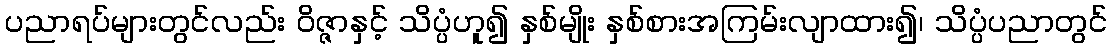
ပညာရပ်များတွင်လည်း ဝိဇ္ဇာနှင့် သိပ္ပံဟူ၍ နှစ်မျိုး နှစ်စားအကြမ်းလျာထား၍၊ သိပ္ပံပညာတွင်